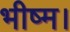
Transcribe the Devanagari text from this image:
भीष्म।